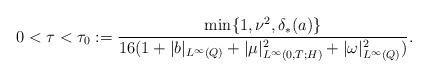
LaTeX: \begin{align*} 0 < \tau < \tau_0 := \frac{\min \{1, \nu^2, \delta_*(a) \}}{16(1 +|b|_{L^\infty(Q)} +|\mu|_{L^\infty(0, T; H)}^2 +|\omega|_{L^\infty(Q)}^2)}. \end{align*}